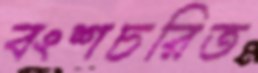
বংশচরিত